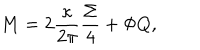
LaTeX: M = 2 \frac { \kappa } { 2 \pi } \frac { \Sigma } { 4 } + \Phi Q ,